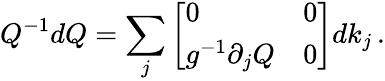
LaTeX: Q^{-1}dQ=\sum_{j}\left[\begin{array}{ll}{0}&{0}\\ {g^{-1}\partial_{j}Q}&{0}\end{array}\right]dk_{j}\, .